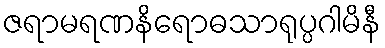
ဇရာမရဏနိရောဓသာရုပ္ပဂါမိနီ